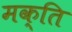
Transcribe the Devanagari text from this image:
मक्ति